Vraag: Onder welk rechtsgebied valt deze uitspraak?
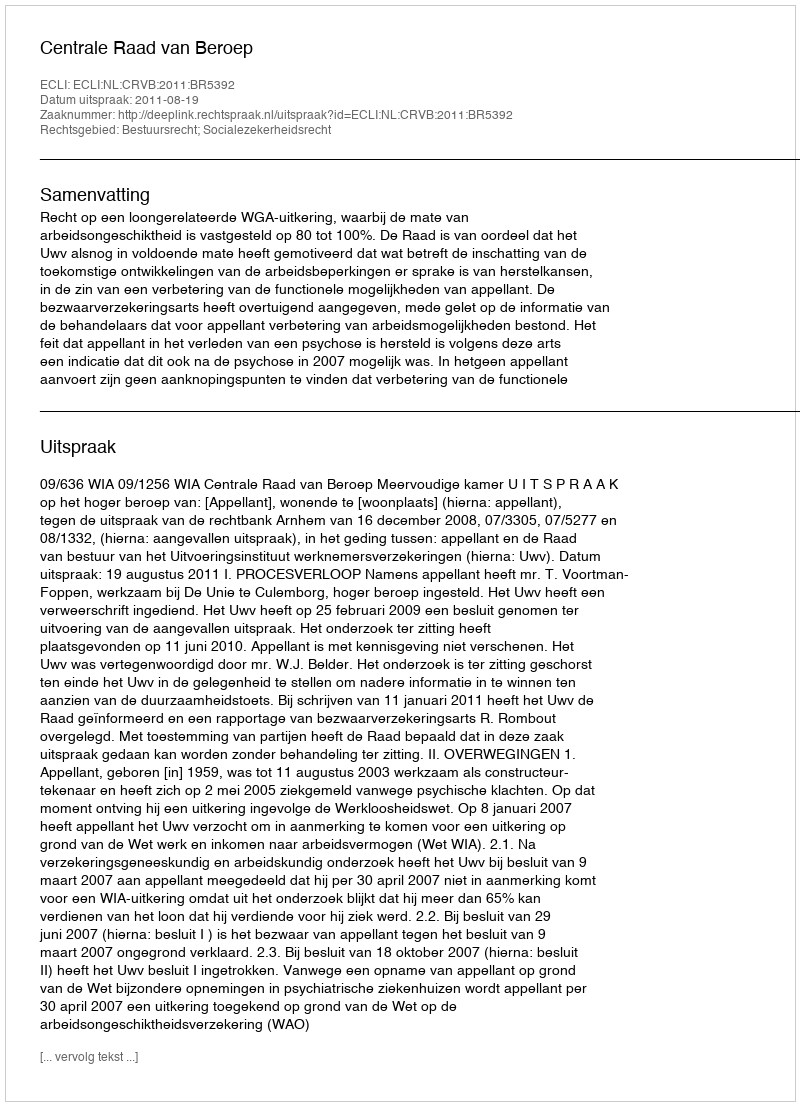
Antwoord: Bestuursrecht; Socialezekerheidsrecht